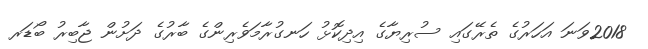
2018ވަނަ އަހަރުގެ ތެރޭގައި ސުރިޔާގެ އިދިކޮޅު ހަނގުރާމަވެރިންގެ ބާރުގެ ދަށުން ޖާބިރު ބޯޑަރ